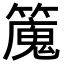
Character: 𥴯